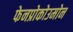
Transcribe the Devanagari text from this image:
फेनप्रोकोउमोन